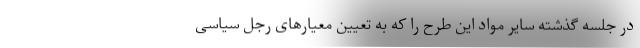
در جلسه گذشته سایر مواد این طرح را که به تعیین معیار‌های رجل سیاسی